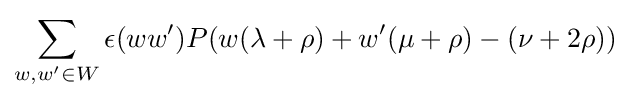
\sum _{w,w^{\prime }\in W}\epsilon (ww^{\prime })P(w(\lambda +\rho )+w^{\prime }(\mu +\rho )-(\nu +2\rho ))